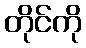
တိုင်ကို